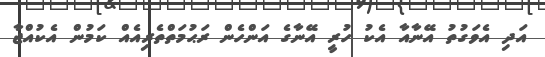
އަދި އެވަގުތު އޭނާއާ އެކު ހުރީ އޭނާގެ އަންހެން ރަޙުމަތްތެރިއެއް ކަމުން އެކުއްޖާ